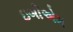
ઇબીએમ